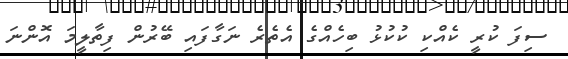
ސިފަ ކުރީ ކެއްކި ކުކުޅު ބިހެއްގެ އެތެރެ ނަގާފައި ބޭރުން ފިތާލީމަ އޮންނަ